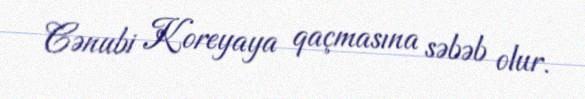
Cənubi Koreyaya qaçmasına səbəb olur.